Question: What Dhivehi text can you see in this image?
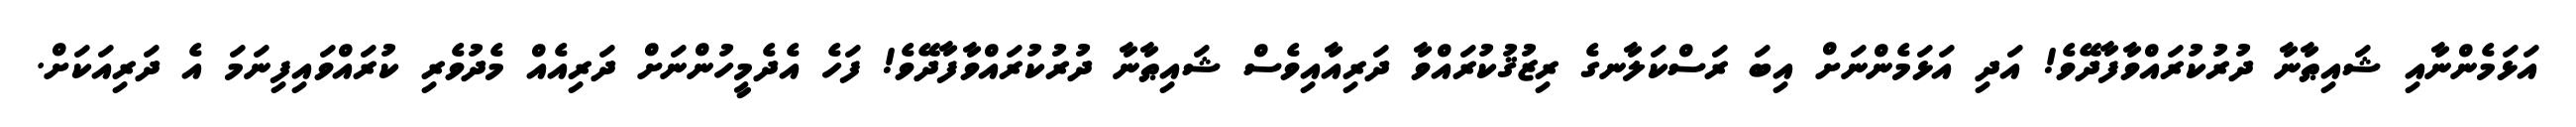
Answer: އަޅަމެންނާއި ޝައިޠާނާ ދުރުކުރައްވާފާދޭވެ! އަދި އަޅަމެންނަށް އިބަ ރަސްކަލާނގެ ރިޒުޤުކުރައްވާ ދަރިއާއިވެސް ޝައިޠާނާ ދުރުކުރައްވާފާދޭވެ! ފަހެ އެދެމީހުންނަށް ދަރިއެއް މެދުވެރި ކުރައްވައިފިނަމަ އެ ދަރިއަކަށް.